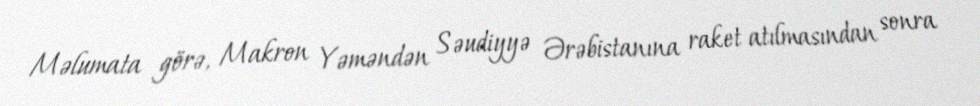
Məlumata görə, Makron Yəməndən Səudiyyə Ərəbistanına raket atılmasından sonra